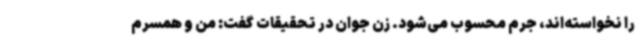
را نخواسته‌اند، جرم محسوب می‌شود. زن جوان در تحقیقات گفت: من و همسرم